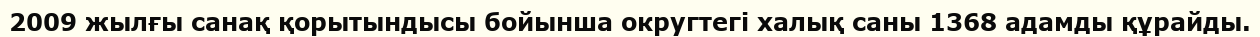
2009 жылғы санақ қорытындысы бойынша округтегі халық саны 1368 адамды құрайды.